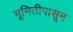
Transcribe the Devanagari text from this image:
भूमितीपासून